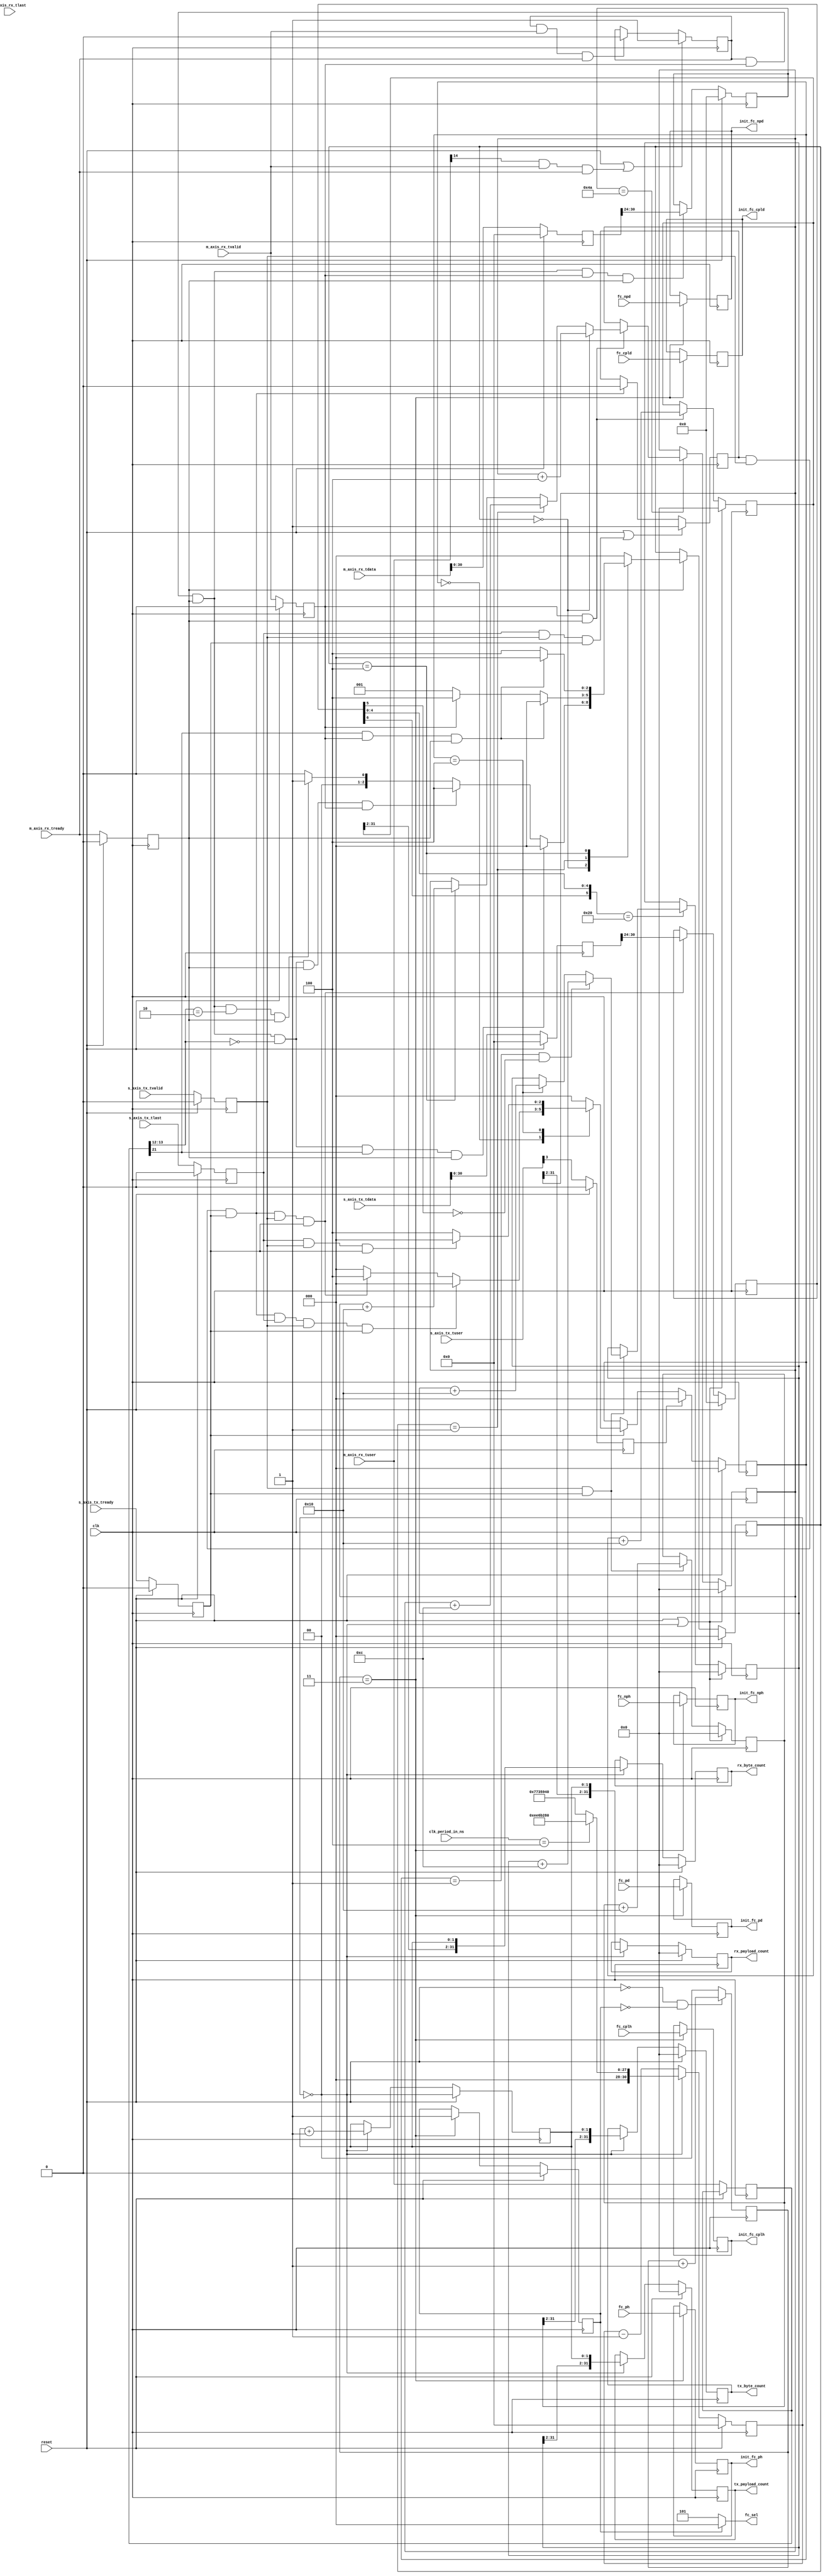
//-----------------------------------------------------------------------------
//
// (c) Copyright 2012-2013 Xilinx, Inc. All rights reserved.
//
// This file contains confidential and proprietary information of Xilinx, Inc.
// and is protected under U.S. and international copyright and other
// intellectual property laws.
//
// DISCLAIMER
//
// This disclaimer is not a license and does not grant any rights to the
// materials distributed herewith. Except as otherwise provided in a valid
// license issued to you by Xilinx, and to the maximum extent permitted by
// applicable law: (1) THESE MATERIALS ARE MADE AVAILABLE "AS IS" AND WITH ALL
// FAULTS, AND XILINX HEREBY DISCLAIMS ALL WARRANTIES AND CONDITIONS, EXPRESS,
// IMPLIED, OR STATUTORY, INCLUDING BUT NOT LIMITED TO WARRANTIES OF
// MERCHANTABILITY, NON-INFRINGEMENT, OR FITNESS FOR ANY PARTICULAR PURPOSE;
// and (2) Xilinx shall not be liable (whether in contract or tort, including
// negligence, or under any other theory of liability) for any loss or damage
// of any kind or nature related to, arising under or in connection with these
// materials, including for any direct, or any indirect, special, incidental,
// or consequential loss or damage (including loss of data, profits, goodwill,
// or any type of loss or damage suffered as a result of any action brought by
// a third party) even if such damage or loss was reasonably foreseeable or
// Xilinx had been advised of the possibility of the same.
//
// CRITICAL APPLICATIONS
//
// Xilinx products are not designed or intended to be fail-safe, or for use in
// any application requiring fail-safe performance, such as life-support or
// safety devices or systems, Class III medical devices, nuclear facilities,
// applications related to the deployment of airbags, or any other
// applications that could lead to death, personal injury, or severe property
// or environmental damage (individually and collectively, "Critical
// Applications"). Customer assumes the sole risk and liability of any use of
// Xilinx products in Critical Applications, subject only to applicable laws
// and regulations governing limitations on product liability.
//
// THIS COPYRIGHT NOTICE AND DISCLAIMER MUST BE RETAINED AS PART OF THIS FILE
// AT ALL TIMES.
//

//
// Monitors the PCIe AXI interface to keep track of byte count sent/received during
// a one second time period.  Last two bits of byte count are dropped and replaced
// with a 2-bit sample count indicating that sample period to which the information
// belongs.  Software will read the registers every second, and will group together
// data from the same sample count.
//
`timescale 1ps / 1ps

(* CORE_GENERATION_INFO = "k7_connectivity_trd,k7_connectivity_trd_v1_4,{Module=PCIe Monitor}" *)
module pcie_monitor
#( parameter DWIDTH = 128)
 (
   input                 clk,
   input                 reset,
   input        [7:0]    clk_period_in_ns,
   
   // - PCIe-AXI TX interface
   input [DWIDTH-1:0]    s_axis_tx_tdata,
   input                 s_axis_tx_tlast,
   input                 s_axis_tx_tvalid,
   input                 s_axis_tx_tready,
   input [3:0]           s_axis_tx_tuser,
   
   // - PCIe-AXI RX interface
   input [DWIDTH-1:0]    m_axis_rx_tdata,
   input                 m_axis_rx_tlast,
   input                 m_axis_rx_tvalid,
   input                 m_axis_rx_tready,
   input [21:0]          m_axis_rx_tuser,

   input       [11:0]    fc_cpld,
   input       [7:0]     fc_cplh,
   input       [11:0]    fc_npd,
   input       [7:0]     fc_nph,
   input       [11:0]    fc_pd,
   input       [7:0]     fc_ph,
   output      [2:0]     fc_sel,
   
   output reg  [11:0]    init_fc_cpld,
   output reg  [7:0]     init_fc_cplh,
   output reg  [11:0]    init_fc_npd,
   output reg  [7:0]     init_fc_nph,
   output reg  [11:0]    init_fc_pd,
   output reg  [7:0]     init_fc_ph,


   output reg  [31:0]    tx_byte_count,
   output reg  [31:0]    rx_byte_count,
   output reg  [31:0]    tx_payload_count,
   output reg  [31:0]    rx_payload_count

);

   
   reg [DWIDTH-1 : 0]   reg_tx_tdata;
   reg                  reg_tx_tlast;
   reg                  reg_tx_tstart;
   reg                  reg_tx_tvalid;
   reg                  reg_tx_tdsc;
   reg                  reg_tx_tready;
                        
   reg [DWIDTH-1 : 0]   reg_rx_tdata;
   reg                  reg_rx_tlast;
   reg                  reg_rx_tstart;
   reg                  reg_rx_tvalid;
   reg                  reg_rx_tready;
   reg [21:0]           reg_rx_tuser;
   
   reg                  expect_tx_tstart;
   reg                  expect_rx_tstart;
   
   reg [9:0]            tx_dw_len; 
   reg [6:0]            tx_tlp_type;
   reg [9:0]            rx_dw_len; 
   reg [6:0]            rx_tlp_type;
   
   reg [31:0]           tx_byte_count_int;
   reg [31:0]           rx_byte_count_int;
   reg [31:0]           tx_payload_count_int;
   reg [31:0]           rx_payload_count_int;

   reg  [1:0]     sample_cnt;
   
   parameter [6:0] MEMWR3DW = 7'b10_00000,
                   MEMWR4DW = 7'b11_00000,
                   MEMRD3DW = 7'b00_00000,
                   MEMRD4DW = 7'b01_00000,
                   CPL      = 7'b00_01010,
                   CPLD     = 7'b10_01010,
                   
                   // generic information
                   MEMWR    = 7'b1?_00000,
                   MEMRD    = 7'b0?_00000,
                   CPLTN    = 7'b?0_01010;
 
   parameter NUM_ST_BITS = 3;
   
   parameter [NUM_ST_BITS - 1 : 0] 
      IDLE     = 'h0,
      GOT_HDR1 = 'h1,
      GOT_HDR2 = 'h2,
      GOT_HDR3 = 'h3,
      DATA     = 'h4;
      
   reg [NUM_ST_BITS - 1 : 0] tx_curr_state, tx_next_state;
   reg [NUM_ST_BITS - 1 : 0] rx_curr_state, rx_next_state;
   
   reg [1:0]   capture_count;
   reg         captured_initfc;
 
   
   // Timer controls
   reg  [30:0]    running_test_time;
   wire [30:0]    one_second_cnt;
   wire           rx_is_sof;
   wire           rx_is_eof_r;

   // Only taking into account 125 MHz and 250 MHz
   assign one_second_cnt = (clk_period_in_ns == 4) ? 'hEE6B280 : 'h7735940;
   
   always @(posedge clk)   
   begin
   
      if (reset == 1'b1) begin
          reg_tx_tdata    <= 'h0;
          reg_tx_tlast    <= 'b0;
          reg_tx_tvalid   <= 'b0;
          reg_tx_tdsc     <= 'b0;
          reg_tx_tready   <= 'b0;
          
          reg_rx_tdata    <= 'h0;
          reg_rx_tlast    <= 'b0;
          reg_rx_tvalid   <= 'b0;
          reg_rx_tready   <= 'b0;

      end else begin
      
          reg_tx_tdata    <= s_axis_tx_tdata;
          reg_tx_tlast    <= s_axis_tx_tlast;
          reg_tx_tvalid   <= s_axis_tx_tvalid;
          reg_tx_tdsc     <= s_axis_tx_tuser[3];
          reg_tx_tready   <= s_axis_tx_tready;
          
          reg_rx_tdata    <= m_axis_rx_tdata;
          reg_rx_tlast    <= m_axis_rx_tlast;
          reg_rx_tvalid   <= m_axis_rx_tvalid;
          reg_rx_tready   <= m_axis_rx_tready;
          reg_rx_tuser    <= m_axis_rx_tuser;
      
      end
   
   end

  always @(posedge clk)
  begin
  
    if (reset == 1'b1  | (reg_tx_tlast == 1'b1 & reg_tx_tvalid == 1'b1 & reg_tx_tready == 1'b1))
      expect_tx_tstart <= 1'b1;
    else if (expect_tx_tstart == 1'b1 & reg_tx_tvalid == 1'b1 & reg_tx_tready == 1'b1)
      expect_tx_tstart <= 1'b0;
  end
  
  always @(expect_tx_tstart,reg_tx_tvalid,reg_tx_tready) begin
    reg_tx_tstart   <= expect_tx_tstart & reg_tx_tvalid & reg_tx_tready;
  end

generate 
if(DWIDTH==128)
begin
  assign  rx_is_sof   =  m_axis_rx_tuser[14];
  assign  rx_is_eof_r =  reg_rx_tuser[21];

  always @(posedge clk)
  begin
  
    if (reset == 1'b1  | (rx_is_sof == 1'b1 & m_axis_rx_tvalid== 1'b1 & m_axis_rx_tready == 1'b1))
      expect_rx_tstart <= 1'b1;
    else if (expect_rx_tstart == 1'b1 & m_axis_rx_tvalid == 1'b1 & m_axis_rx_tready == 1'b1)
      expect_rx_tstart <= 1'b0;
  end

end
else
begin
  always @(posedge clk)
  begin
  
    if (reset == 1'b1  | (reg_rx_tlast == 1'b1 & reg_rx_tvalid == 1'b1 & reg_rx_tready == 1'b1))
      expect_rx_tstart <= 1'b1;
    else if (expect_rx_tstart == 1'b1 & reg_rx_tvalid == 1'b1 & reg_rx_tready == 1'b1)
      expect_rx_tstart <= 1'b0;
  end
  
end
endgenerate

  always @(expect_rx_tstart,reg_rx_tvalid,reg_rx_tready) begin
    reg_rx_tstart   <= expect_rx_tstart & reg_rx_tvalid & reg_rx_tready;
  end

   // TX monitor state machine.  Keeps track of whether we are in header or in data portion of TLP. 
generate
if(DWIDTH == 128)
begin
   always @(tx_curr_state, reg_tx_tstart, reg_tx_tlast, reg_tx_tvalid, reg_tx_tready, tx_tlp_type)
   begin: TX_FSM_COMB
   
      case (tx_curr_state)
      
      IDLE: begin
         
         if (reg_tx_tstart == 1'b1 && reg_tx_tlast == 1'b1 && reg_tx_tvalid == 1'b1 && reg_tx_tready == 1'b1)
         
            tx_next_state <= IDLE;
            
         else if (reg_tx_tstart == 1'b1 && reg_tx_tvalid == 1'b1 && reg_tx_tready == 1'b1)
 
            tx_next_state <= DATA;

         else
         
            tx_next_state <= IDLE;
            
      end
      
     
      DATA: begin

         if (reg_tx_tlast == 1'b1 && reg_tx_tvalid == 1'b1 && reg_tx_tready == 1'b1)
         
            tx_next_state <= IDLE;
            
         else
         
            tx_next_state <= DATA;
            
      end
      
      default: begin

         tx_next_state <= IDLE;
      
      end
      
      endcase
   
   end
end
else
begin
   always @(tx_curr_state, reg_tx_tstart, reg_tx_tlast, reg_tx_tvalid, reg_tx_tready, tx_tlp_type)
   begin: TX_FSM_COMB
   
      case (tx_curr_state)
      
      IDLE: begin
         
         if (reg_tx_tstart == 1'b1 && reg_tx_tvalid == 1'b1 && reg_tx_tready == 1'b1) 
         
            tx_next_state <= GOT_HDR1;
            
         else
         
            tx_next_state <= IDLE;
            
      end
      
      GOT_HDR1: begin
         
         if (reg_tx_tlast == 1'b1 && reg_tx_tvalid == 1'b1 && reg_tx_tready == 1'b1)
         
            tx_next_state <= IDLE;
            
         else if (reg_tx_tvalid == 1'b1 && DWIDTH == 64)
         
            tx_next_state <= DATA;
            
         else if (reg_tx_tvalid == 1'b1 && DWIDTH == 32)
            
            tx_next_state <= GOT_HDR2;
            
         else 
         
            tx_next_state <= GOT_HDR1;
      
      end
      
      GOT_HDR2: begin
         
         if (reg_tx_tlast == 1'b1 && reg_tx_tvalid == 1'b1 && reg_tx_tready == 1'b1)
         
            tx_next_state <= IDLE;
            
         else if (reg_tx_tvalid == 1'b1 && tx_tlp_type[5] == 1'b1)  // 64-bit addressing
            
            tx_next_state <= GOT_HDR3;
            
         else if (reg_tx_tvalid == 1'b1)
            
            tx_next_state <= DATA;

         else 
         
            tx_next_state <= GOT_HDR2;
      
      end

      GOT_HDR3: begin
         
         if (reg_tx_tlast == 1'b1 && reg_tx_tvalid == 1'b1 && reg_tx_tready == 1'b1)
         
            tx_next_state <= IDLE;
            
         else if (reg_tx_tvalid == 1'b1)
            
            tx_next_state <= DATA;

         else 
         
            tx_next_state <= GOT_HDR3;
      
      end

     
      DATA: begin

         if (reg_tx_tlast == 1'b1 && reg_tx_tvalid == 1'b1 && reg_tx_tready == 1'b1)
         
            tx_next_state <= IDLE;
            
         else
         
            tx_next_state <= DATA;
            
      end
      
      default: begin

         tx_next_state <= IDLE;
      
      end
      
      endcase
   
   end
end
endgenerate

   // RX monitor state machine.  Keeps track of whether we are in header or in data portion of TLP.
generate
if(DWIDTH==128)
begin
   always @(rx_curr_state, reg_rx_tuser, reg_rx_tstart, rx_is_eof_r, reg_rx_tvalid, reg_rx_tready)
   begin: RX_FSM_COMB
   
      case (rx_curr_state)
      
      IDLE: begin
         
         if (reg_rx_tstart == 1'b1 && reg_rx_tuser[13:12] == 2'b00 && rx_is_eof_r == 1'b1 && reg_rx_tready == 1'b1) 
         
            rx_next_state <= IDLE;
            
         else if (reg_rx_tstart == 1'b1 && reg_rx_tuser[13:12] == 2'b00 && reg_rx_tready == 1'b1 && reg_rx_tvalid == 1'b1 ) 
         
            rx_next_state <= DATA;

         else if(reg_rx_tstart == 1'b1 && reg_rx_tuser[13:12] == 2'b10 && reg_rx_tready == 1'b1)
         
            rx_next_state <= GOT_HDR1;
         
         else
             
            rx_next_state <= IDLE; 
            
      end
      
      GOT_HDR1: begin
         
         if (rx_is_eof_r == 1'b1 && reg_rx_tvalid == 1'b1 && reg_rx_tready == 1'b1)
         
            rx_next_state <= IDLE;
            
         else if (reg_rx_tvalid == 1'b1)
         
            rx_next_state <= DATA;
            
         else 
         
            rx_next_state <= GOT_HDR1;
      
      end
      
      DATA: begin

         if (rx_is_eof_r == 1'b1 && reg_rx_tvalid == 1'b1 && reg_rx_tready == 1'b1)
         
            rx_next_state <= IDLE;
            
         else
         
            rx_next_state <= DATA;
            
      end
      
      default: begin

         rx_next_state <= IDLE;
      
      end
      
      endcase
   
   end
end
else
begin
   always @(rx_curr_state, reg_rx_tstart, reg_rx_tlast, reg_rx_tvalid, reg_rx_tready, rx_tlp_type)
   begin: RX_FSM_COMB
   
      case (rx_curr_state)
      
      IDLE: begin
         
         if (reg_rx_tstart == 1'b1 && reg_rx_tvalid == 1'b1 && reg_rx_tready == 1'b1) 
         
            rx_next_state <= GOT_HDR1;
            
         else
         
            rx_next_state <= IDLE;
            
      end
      
      GOT_HDR1: begin
         
         if (reg_rx_tlast == 1'b1 && reg_rx_tvalid == 1'b1 && reg_rx_tready == 1'b1)
         
            rx_next_state <= IDLE;
            
         else if (reg_rx_tvalid == 1'b1 && DWIDTH == 64)
         
            rx_next_state <= DATA;
            
         else if (reg_rx_tvalid == 1'b1 && DWIDTH == 32)
            
            rx_next_state <= GOT_HDR2;
            
         else 
         
            rx_next_state <= GOT_HDR1;
      
      end
      
      GOT_HDR2: begin
         
         if (reg_rx_tlast == 1'b1 && reg_rx_tvalid == 1'b1 && reg_rx_tready == 1'b1)
         
            rx_next_state <= IDLE;
            
         else if (reg_rx_tvalid == 1'b1 && rx_tlp_type[6] == 1'b1)  // 64-bit addressing
            
            rx_next_state <= GOT_HDR3;
            
         else if (reg_rx_tvalid == 1'b1)
            
            rx_next_state <= DATA;

         else 
         
            rx_next_state <= GOT_HDR2;
      
      end

      GOT_HDR3: begin
         
         if (reg_rx_tlast == 1'b1 && reg_rx_tvalid == 1'b1 && reg_rx_tready == 1'b1)
         
            rx_next_state <= IDLE;
            
         else if (reg_rx_tvalid == 1'b1)
            
            rx_next_state <= DATA;

         else 
         
            rx_next_state <= GOT_HDR3;
      
      end

     
      DATA: begin

         if (reg_rx_tlast == 1'b1 && reg_rx_tvalid == 1'b1 && reg_rx_tready == 1'b1)
         
            rx_next_state <= IDLE;
            
         else
         
            rx_next_state <= DATA;
            
      end
      
      default: begin

         rx_next_state <= IDLE;
      
      end
      
      endcase
   
   end
end
endgenerate

// Keep track of time during test
always @(posedge clk)
begin: TIMER_PROC

   if (reset == 1'b1) begin
   
       running_test_time <= 'h0;
       sample_cnt <= 'h0;
       
   end else if (running_test_time == 'h0) begin
       
       running_test_time <= one_second_cnt;
       sample_cnt <= sample_cnt + 1'b1;
       
   end else begin
       running_test_time <= running_test_time - 1'b1;
       sample_cnt <= sample_cnt;

   end
end

// Concatenate sample_cnt with byte count at end of sample period.
always @(posedge clk)
begin: COPY_PROC

   if (reset == 1'b1) begin
   
      tx_byte_count     <= 'h0;
      rx_byte_count     <= 'h0;
      tx_payload_count  <= 'h0;
      rx_payload_count  <= 'h0;
       
   end else if (running_test_time == 'h0) begin
       
      tx_byte_count     <= {tx_byte_count_int[31:2], sample_cnt}   ;
      rx_byte_count     <= {rx_byte_count_int[31:2], sample_cnt}   ;
      tx_payload_count  <= {tx_payload_count_int[31:2], sample_cnt};
      rx_payload_count  <= {rx_payload_count_int[31:2], sample_cnt};
       
   end
end

// Synchronous part of state machine, and logic to grab length and type of TLP
// on the AXI interface.
always @(posedge clk)
begin
   if (reset == 1'b1) begin
       tx_curr_state <= IDLE;
       rx_curr_state <= IDLE;
       
       tx_dw_len     <= 'h0;
       tx_tlp_type   <= 'h0;
       
       rx_dw_len     <= 'h0;
       rx_tlp_type   <= 'h0;


     end else begin

       // State machine controls TX
       if (reg_tx_tdsc == 1'b1)
       
          tx_curr_state <= IDLE;
          
       else if (reg_tx_tready == 1'b1)
       
          tx_curr_state <= tx_next_state;


       // State machine controls RX
       if (reg_rx_tready == 1'b1)
       
          rx_curr_state <= rx_next_state;
    
          
       
       // Grab TX Header information
       if (reg_tx_tstart == 1'b1 && reg_tx_tvalid == 1'b1 && reg_tx_tready == 1'b1 ) begin
       
          tx_dw_len   <= reg_tx_tdata[9:0];
          tx_tlp_type <= reg_tx_tdata[30:24];
       
       end

       // Grab RX Header information
       if (reg_rx_tstart == 1'b1 && reg_rx_tvalid == 1'b1 && reg_rx_tready == 1'b1 ) begin
       
          rx_dw_len   <= reg_rx_tdata[9:0];
          rx_tlp_type <= reg_rx_tdata[30:24];
          
       
       end
       
   end // else
end // always


// Logic to calculate raw byte count (all TLPs including headers) and 
// payload (MEMWR and CPLD data only) byte count.
always @(posedge clk)
begin
   if (reset == 1'b1 || running_test_time == 'h0) begin

      tx_byte_count_int     <= 'h0;
      rx_byte_count_int     <= 'h0;
      tx_payload_count_int  <= 'h0;
      rx_payload_count_int  <= 'h0;
     
     end else begin
   
       casex (tx_tlp_type)
       MEMWR:
         if (reg_tx_tvalid == 1'b1 && reg_tx_tready == 1'b1) begin
       
            // count data at end of header for 32-bit address MemWr
            if (tx_curr_state == GOT_HDR1 && DWIDTH == 64 && tx_tlp_type[5] == 1'b0) 
         
               tx_payload_count_int <= tx_payload_count_int + 4;
         
            else if (tx_curr_state == GOT_HDR1 && DWIDTH == 128 && tx_tlp_type[5] == 1'b0) 
         
               tx_payload_count_int <= tx_payload_count_int + 12;

            // just count payload
            else if (tx_curr_state == DATA) 
       
               tx_payload_count_int <= tx_payload_count_int + DWIDTH/8;

         end
       
       endcase
       
       // Count all bytes when a transaction is active
       if (reg_tx_tvalid == 1'b1 && reg_tx_tready == 1'b1) begin
       
          tx_byte_count_int <= tx_byte_count_int + DWIDTH/8;

       end 
           
       casex (rx_tlp_type)
       CPLD:
         if (reg_rx_tvalid == 1'b1 && reg_rx_tready == 1'b1) begin
       
           // count data at end of header for completion
           if (rx_curr_state == GOT_HDR1 && DWIDTH == 64) 
         
              rx_payload_count_int <= rx_payload_count_int + 4;
         
           else if (rx_curr_state == IDLE && DWIDTH == 128) 
         
              rx_payload_count_int <= rx_payload_count_int + 4;

           else if (rx_curr_state == GOT_HDR1 && DWIDTH == 128) 
         
              rx_payload_count_int <= rx_payload_count_int + 12;

           // just count payload
           else if (rx_curr_state == DATA) 
       
              rx_payload_count_int <= rx_payload_count_int + DWIDTH/8;

         end 
       endcase
            
       // Count all bytes when a transaction is active
       if (reg_rx_tvalid == 1'b1 && reg_rx_tready == 1'b1) begin
       
          rx_byte_count_int <= rx_byte_count_int + DWIDTH/8;

       end 

    end // reset not active
end // process

// synthesis translate_off
reg [8*12:0] tx_fsm_name, rx_fsm_name;


always @(tx_curr_state)
begin

  case (tx_curr_state)
      IDLE    : tx_fsm_name <= "IDLE    ";
      GOT_HDR1: tx_fsm_name <= "GOT_HDR1";
      GOT_HDR2: tx_fsm_name <= "GOT_HDR2";
      GOT_HDR3: tx_fsm_name <= "GOT_HDR3";
      DATA    : tx_fsm_name <= "DATA    ";
      default : tx_fsm_name <= "ILLEGAL ";
  endcase
  
end

always @(rx_curr_state)
begin

  case (rx_curr_state)
      IDLE    : rx_fsm_name <= "IDLE    ";
      GOT_HDR1: rx_fsm_name <= "GOT_HDR1";
      GOT_HDR2: rx_fsm_name <= "GOT_HDR2";
      GOT_HDR3: rx_fsm_name <= "GOT_HDR3";
      DATA    : rx_fsm_name <= "DATA    ";
      default : rx_fsm_name <= "ILLEGAL ";
  endcase
  
end
// synthesis translate_on


// Capturing Initfc values on the Host System

always @(posedge clk) begin
  if (reset == 1'b1 ) 
    captured_initfc <= 1'b0;
  else if (capture_count == 'h3) 
    captured_initfc <= 1'b1;
    
  if (capture_count == 'h3) begin
    init_fc_cpld   <=  fc_cpld;
    init_fc_cplh   <=  fc_cplh;
    init_fc_npd    <=  fc_npd;
    init_fc_nph    <=  fc_nph; 
    init_fc_pd     <=  fc_pd;  
    init_fc_ph     <=  fc_ph;  
  end

  if (reset == 1'b0 && captured_initfc == 1'b0) 
    capture_count <= capture_count + 1'b1;
  else  
    capture_count <= 'h0;
end

assign fc_sel = (captured_initfc) ? 3'b000 : 3'b101; 


endmodule